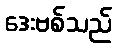
ဒေးဗစ်သည်